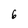
Character: 6